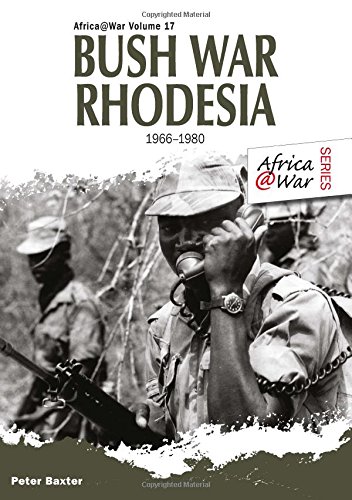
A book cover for Bush War Rhodesia 1966-1980 (Africa@War); Peter Baxter; History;